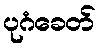
ပုဂံခေတ်